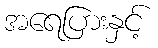
အရေပြားနှင့်